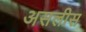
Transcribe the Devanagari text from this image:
असलीस